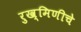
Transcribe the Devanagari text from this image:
रुख्मिणीचे